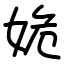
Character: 姽